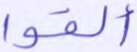
ألقوا